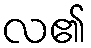
လ၏